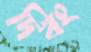
দিবং